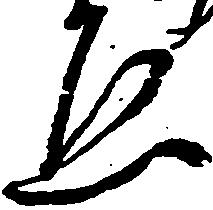
ゑ